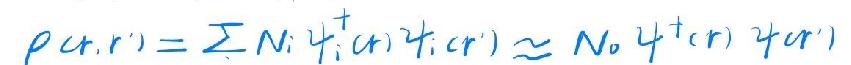
\(\rho(\boldsymbol{r},\boldsymbol{r}') = \sum N_i \psi_i^+(\boldsymbol{r})\psi_i(\boldsymbol{r}') \approx N_0 \psi^+(\boldsymbol{r})\psi(\boldsymbol{r}')\)